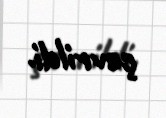
çevrildi.